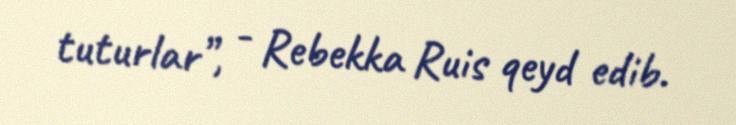
tuturlar”, - Rebekka Ruis qeyd edib.